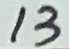
Text: 13